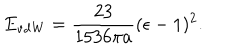
E _ { \mathrm { v d W } } = { \frac { 2 3 } { 1 5 3 6 \pi a } } ( \epsilon - 1 ) ^ { 2 } .